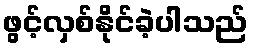
ဖွင့်လှစ်နိုင်ခဲ့ပါသည်